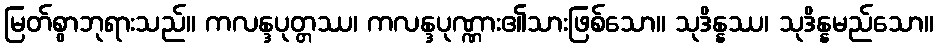
မြတ်စွာဘုရားသည်။ ကလန္ဒပုတ္တဿ၊ ကလန္ဒပုဏ္ဏား၏သားဖြစ်သော။ သုဒိန္နဿ၊ သုဒိန္နမည်သော။